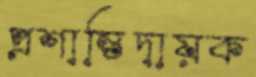
প্রশান্তিদায়ক